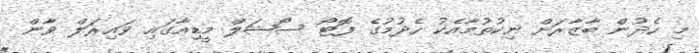
މި ހެދުން ބާޒާރަށް ނިކުތުމާއެކު ހެދުމުގެ ފޮޓޯ ސޯޝަލް މީޑިއާގައި ވައިރަލް ވާން